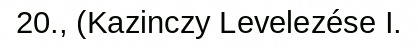
20., (Kazinczy Levelezése I.